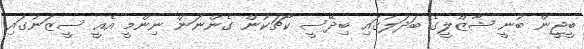
ބީޖީން ބުނީ ޝާޒްލީގެ ބަދަލުގައި ބިދޭސީ ކޯޗަކުން ގެންނަން ނިންމީ އެއީ ސީޒަނުގައި